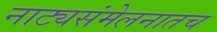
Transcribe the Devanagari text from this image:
नाट्यसंमेलनातच